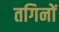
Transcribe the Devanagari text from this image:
तगिनों